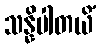
သန္နိပါတယိံ